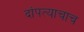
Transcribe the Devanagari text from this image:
दांपत्याचाच